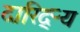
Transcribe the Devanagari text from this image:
दारिद्‌ऱ्य